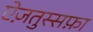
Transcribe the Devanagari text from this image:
ऐज़तुस्सफ़ा